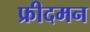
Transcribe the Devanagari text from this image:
फ्रीदमन